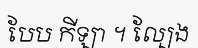
បែប កីឡា ។ ល្បែង